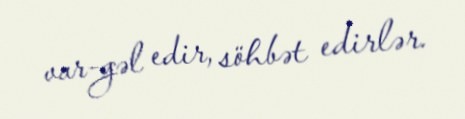
var-gəl edir, söhbət edirlər.